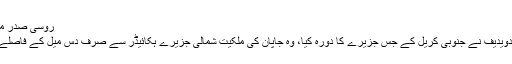
روسی صدر میدویدیف
صدر میدویدیف نے جنوبی کریل کے جس جزیرے کا دورہ کیا، وہ جاپان کی ملکیت شمالی جزیرے ہکائیڈر سے صرف دس میل کے فاصلے پر ہے۔